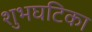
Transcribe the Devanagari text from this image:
शुभघटिका